Civil Veterinary Dept. Bombay admin report 1907-1913 - 1907-1913
Year: 1907
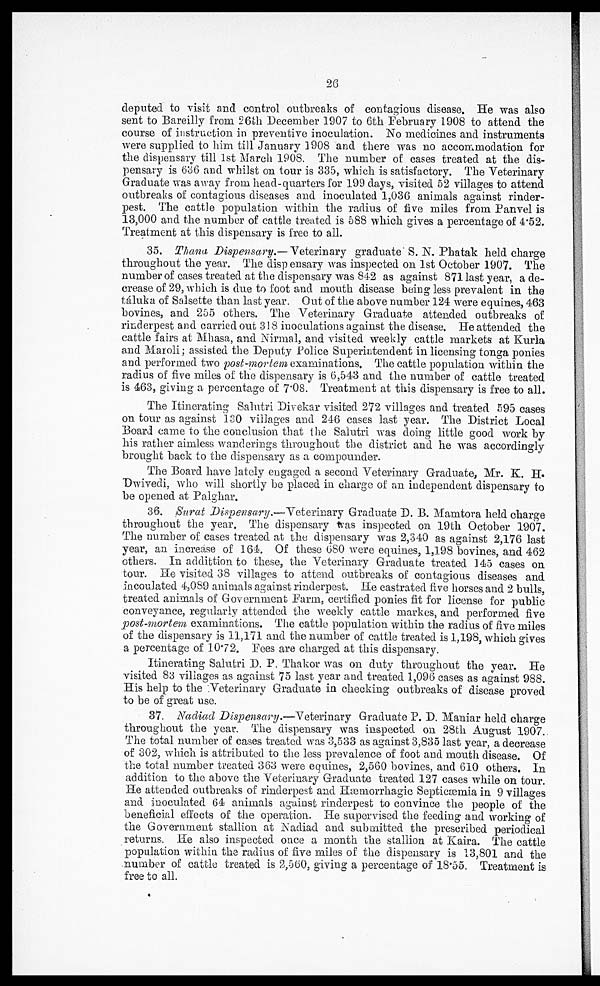
26
deputed to visit and control outbreaks of contagious disease. He was also
sent to Bareilly from 26th December 1907 to 6th February 1908 to attend the
course of instruction in preventive inoculation. No medicines and instruments
were supplied to him till January 1908 and there was no accommodation for
the dispensary till 1st March 1908. The number of cases treated at the dis-
pensary is 636 and whilst on tour is 335, which is satisfactory. The Veterinary
Graduate was away from head-quarters for 199 days, visited 52 villages to attend
outbreaks of contagious diseases and inoculated 1,036. animals against rinder-
pest. The cattle population within the radius of five miles from Panvel is
13,000 and the number of cattle treated is 588 which gives a percentage of 4.52.
Treatment at this dispensary is free to all.
35. Thana Dispensary.—Veterinary graduate S. N. Phatak held charge
throughout the year. The disp ensary was inspected on 1st October 1907. The
number of cases treated at the dispensary was 842 as against 871 last year, a de-
crease of 29, which is due to foot and mouth disease being less prevalent in the
taluk a of Salsette than last year. Out of the above number 124 were equines, 463
bovines, and 255 others. The Veterinary Graduate attended outbreaks of
rinderpest and carried out 318 inoculations against the disease. He attended the
cattle fairs at Mhasa, and Nirmal, and visited weekly cattle markets at Kurla
and Maroli; assisted the Deputy Police Superintendent in licensing tonga ponies
and performed two post-mortem examinations. The cattle population within the
radius of five miles of the dispensary is 6,543 and the number of cattle treated
is 463, giving a percentage of 7.08. Treatment at this dispensary is free to all.
The Itinerating Salutri Divekar visited 272 villages and treated 595 cases
on tour as against 130 villages and 246 cases last year. The District Local
Board came to the conclusion that the Salutri was doing little good work by
his rather aimless wanderings throughout the district and he was accordingly
brought back to the dispensary as a compounder.
The Board have lately engaged a second Veterinary Graduate, Mr. K. H.
Dwivedi, who will shortly be placed in charge of an independent dispensary to
be opened at Palghar.
36. Surat Dispensary.—Veterinary Graduate D. B. Mamtora held charge
throughout the year. The dispensary was inspected on 19th October 1907.
The number of cases treated at the dispensary was 2,340 as against 2,176 last
year, an increase of 164. Of these 680 were equines, 1,198 bovines, and 462
others. In addittion to these, the Veterinary Graduate treated 145 cases on
tour. He visited 38 villages to attend outbreaks of contagious diseases and
incoulated 4,089 animals against rinderpest. He castrated five horses and 2 bulls,
treated animals of Government Farm, certified ponies fit for license for public
conveyance, regularly attended the weekly cattle markes, and performed five
post-mortem examinations. The cattle population within the radius of five miles
of the dispensary is 11,171 and the number of cattle treated is 1,198, which gives
a percentage of 1072. Fees are charged at this dispensary.
Itinerating Salutri D. P. Thakor was on duty throughout the year. He
visited 83 villages as against 75 last year and treated 1,096 cases as against 988.
His help to the Veterinary Graduate in checking outbreaks of disease proved
to be of great use.
37. Nadiad Dispensary.—Veterinary Graduate P. D. Maniar held charge
throughout the year. The dispensary was inspected on 28th August 1907.
The total number of cases treated was 3,533 as against 3,835 last year, a decrease
of 302, which is attributed to the less prevalence of foot and mouth disease. Of
the total number treated 363 were equines, 2,560 bovines, and 610 others. In
addition to the above the Veterinary Graduate treated 127 cases while on tour.
He attended outbreaks of rinderpest and Hæmorrhagic Septicæmia in 9 villages
and inoculated 64 animals against rinderpest to convince the people of the
beneficial effects of the operation. He supervised the feeding and working of
the Government stallion at Nadiad and submitted the prescribed periodical
returns. He also inspected once a month the stallion at Kaira. The cattle
population within the radius of five miles of the dispensary is 13,801 and the
number of cattle treated is 2,560, giving a percentage of 18.55. Treatment is
free to all.